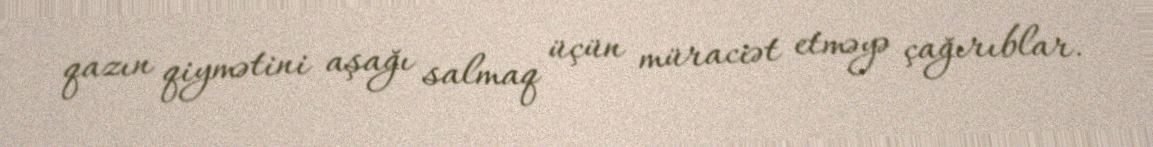
qazın qiymətini aşağı salmaq üçün müraciət etməyə çağırıblar.